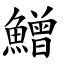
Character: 鱛